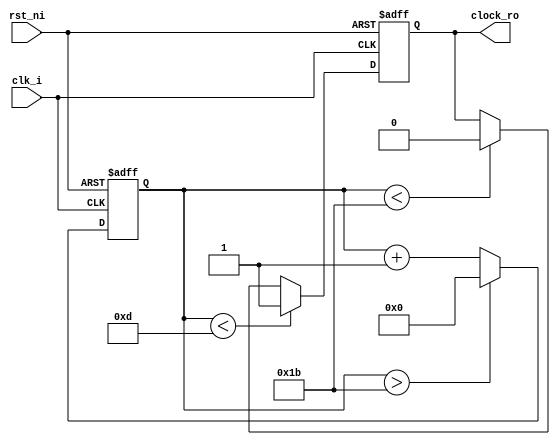
module i2c_clock
  #( parameter ticks_per_clock=27//0 // 27 Mhz / 100Khz
     )
   (
    input      clk_i,
    input      rst_ni,
    output reg clock_ro = 1'b1
    );

   reg [11:0]  counter_r = 12'b0;

   
   always @(posedge clk_i or negedge rst_ni) begin
      if (~rst_ni) begin
	 clock_ro <= 1'b1;
	 counter_r <= 12'd0;
      end else begin
	 if (counter_r < ticks_per_clock / 2) clock_ro <= 1'b1;
	 else if (counter_r < ticks_per_clock) clock_ro <= 1'b0;
      
	 if (counter_r > ticks_per_clock) counter_r <= 12'b0;
	 else counter_r <= counter_r + 1'b1;
      end
      
      
   end
   
endmodule // i2c_clock

module i2c_controller
  (
   input            clk_i,
   input            rst_ni,

   input [6:0]      address_i,
   input            rw_i,
   input [7:0]      register_id_i,
   input [7:0]      register_value_i, // In - writing TO target
   output reg [7:0] register_value_ro, // out - reading FROM target

   input            send_register_value_i,
   
   input            execute_i,
   output           busy_o,
   
   output           scl_o,
   inout            sda_io
   );


   
   // We do a bunch of register shifting, so store
   // values internally and preserve external values.
   reg [6:0] address_r;
   reg 	     rw_r;
   reg [7:0] register_id_r;
   reg [7:0] register_value_in_r;
   reg [7:0] register_value_out_r;
   reg       send_register_value_r;
   
   wire   int_clk_w;
   
   reg 	  sda_r = 1'bz;
   assign sda_io = sda_r;
   
   i2c_clock i2c_clk (
		      .clk_i(clk_i),
		      .rst_ni(rst_ni),
		     .clock_ro(int_clk_w)
		      
		      );

   // Internal states, clock doesn't get propogated
   localparam WAITING = 8'd0;
   localparam START = 8'd1;
   
   localparam STOP = 8'd2;
   localparam RESTART= 8'd3;
   
   // External states, we send this clock to targets
   localparam COUNTER = 8'd4; // For testing.
   localparam SEND_ADDRESS = 8'd5;
   localparam SEND_RW = 8'd6;
   localparam SEND_REGISTER_ID = 8'd7;
   localparam SEND_REGISTER_VALUE = 8'd8;
   localparam RECV_REGISTER_VALUE = 8'd9;
   localparam GET_ACK = 8'd10;
   localparam NACK = 8'd11;
   
   reg [7:0] state = WAITING;
   reg [7:0] post_ack_state = WAITING;

   // This is a little tricky. When we want to STOP we still need
   // A negative clock edge so that the target device knows it can
   // release control of the SDA line after sending an ACK.
   //
   // So we use this to delay the state one SCL clock so that we get
   // that negative edge.
   //
   // I feel there's a better way to do this, but we're only using
   // this code to drive a test bench so we'll stick with the fact
   // that this works, and that the physical device responds to real
   // requests.
   reg [7:0] last_state = WAITING;
   assign scl_o = (last_state <= STOP) ? 1'bz : int_clk_w;
   
   assign busy_o = state != WAITING;
    
   reg [7:0] counter_r = 8'd0;

   reg              last_int_clk_r;

   wire      int_clk_edge;
   assign int_clk_edge = (last_int_clk_r ^ int_clk_w) ;

   always @(posedge clk_i) begin
      // Update last states to catch edges
      last_int_clk_r <= int_clk_w;
   end
   
   // And with that out of the way on to the real FSM
   
   always @(posedge clk_i or negedge rst_ni) begin
      if (~rst_ni) begin // reset
      end else if (int_clk_edge) begin
         if (~int_clk_w) begin // Negative edge, prep for data send
	    case (state)
	      WAITING: begin
                 counter_r <= counter_r + 1'b1;
              end
              
	      START: begin
	         address_r <= address_i;
	         rw_r <= rw_i;
	         register_id_r <= register_id_i;
	         register_value_in_r <= register_value_i;
	         register_value_out_r <= 8'b00000000;
                 send_register_value_r <= send_register_value_i;
                 
	         counter_r <= counter_r + 1'b1;
	         sda_r <= 1'b0; // Pull low BEFORE clock is enabled
	      end

              RESTART: sda_r <= 1'bz;
              
	      COUNTER: counter_r <= counter_r + 1'b1;

	      SEND_ADDRESS: begin
	         counter_r <= counter_r + 1'b1;

	         sda_r <= address_r[6] ? 1'bz : 1'b0;
	         address_r <= {address_r[5:0], 1'b0};
	      end

	      SEND_RW: sda_r <= rw_r ? 1'bz : 1'b0;

	      SEND_REGISTER_ID: begin
	         counter_r <= counter_r + 1'b1;
	         sda_r <= register_id_r[7] ? 1'bz : 1'b0;
	         register_id_r <= {register_id_r[6:0], 1'b0};
	      end

	      SEND_REGISTER_VALUE: begin
	         counter_r <= counter_r + 1'b1;
	         sda_r <= register_value_in_r[7] ? 1'bz : 1'b0;
	         register_value_in_r <= {register_value_in_r[6:0], 1'b0};
	      end

	      RECV_REGISTER_VALUE: begin
	         sda_r <= 1'bz; // Release SDA
	         counter_r <= counter_r + 1'b1;
	      end
	      
	      
	      GET_ACK: sda_r <= 1'bz; // Release SDA to Target
	      
	      STOP: begin
	         sda_r <= 1'b0;
	         state <= WAITING;

	      end
	    endcase // case (state)

             last_state <= state;
         end else begin  
	    // Positive edge, deal with counters here so we don't
	    // need to think about off by one errors before
	    // registers lock in new values.

             
	    case (state)
	      WAITING: begin
                 if (sda_r == 1'b0) sda_r <= 1'bz;
	         if (execute_i) begin
		    state <= START;
		    counter_r <= 8'b0;
	         end
	      end

	      START: begin
	         if (counter_r >= 2) begin
		    state <= SEND_ADDRESS;
		    counter_r <= 8'b0;
	         end
	      end
              
	      RESTART: begin
                 sda_r <= 1'b0;
	         state <= WAITING;
		 counter_r <= 8'b0;
	      end

	      COUNTER: begin
	         if (counter_r == 8) state <= STOP;
	      end

	      SEND_ADDRESS: begin
	         if (counter_r == 7) begin
		    state <= SEND_RW;
		    counter_r <= 8'b0;
	         end
	         
	      end

	      SEND_RW: begin
	         counter_r <= 8'b0;
	         state <= GET_ACK;
                 if (~rw_r) post_ack_state <= SEND_REGISTER_ID;
                 else begin
                    post_ack_state <= RECV_REGISTER_VALUE;
                 end
                 
	      end

	      SEND_REGISTER_ID: begin
	         if (counter_r == 8) begin
		    state <= GET_ACK;
		    // LOW RW == WRITE
                    if (send_register_value_r) post_ack_state <= SEND_REGISTER_VALUE;
                    else post_ack_state <= RESTART;
	         end
	      end

	      SEND_REGISTER_VALUE: begin
	         if (counter_r == 8) begin
		    state <= GET_ACK;
		    post_ack_state <= STOP;
	         end
	      end

	      RECV_REGISTER_VALUE: begin
	         register_value_out_r <= {register_value_out_r[6:0], sda_io};

	         if (counter_r == 8) begin
		    state <= GET_ACK;
		    post_ack_state <= STOP;
		    
	         end
	      end

	      GET_ACK: begin
	         // For now, assume we're good.
	         counter_r <= 8'b0;
	         
	         if (post_ack_state == STOP) begin
		  //  sda_r <= 1'b0; // Pull this down so we can release it after stopping clock.
		    // Send out register value
		    if (rw_r) register_value_ro <= register_value_out_r;
                    
	         end else if (post_ack_state == START) begin
                    sda_r <= 1'bz;
                 end

	         state <= post_ack_state;
	      end // case: GET_ACK

              STOP: sda_r <= 1'bz;
              
	    endcase // case (state)
            
         end // else: !if(~scl_io)
         
         
         
         
      end // if (start_stop_edge)
   end // always @ (posedge clk_i or negedge rst_ni)
   
   
endmodule // i2c_controller